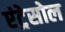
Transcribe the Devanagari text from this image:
एंट्रेसोल